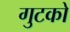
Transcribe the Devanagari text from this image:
गुटको